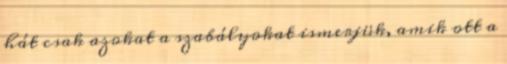
hát csak azokat a szabályokat ismerjük, amik ott a